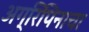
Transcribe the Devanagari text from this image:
अग्रिपिनाचा